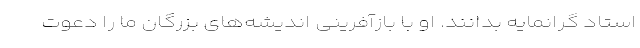
استاد گرانمایه بدانند. او با بازآفرینی اندیشه‌های بزرگان ما را دعوت